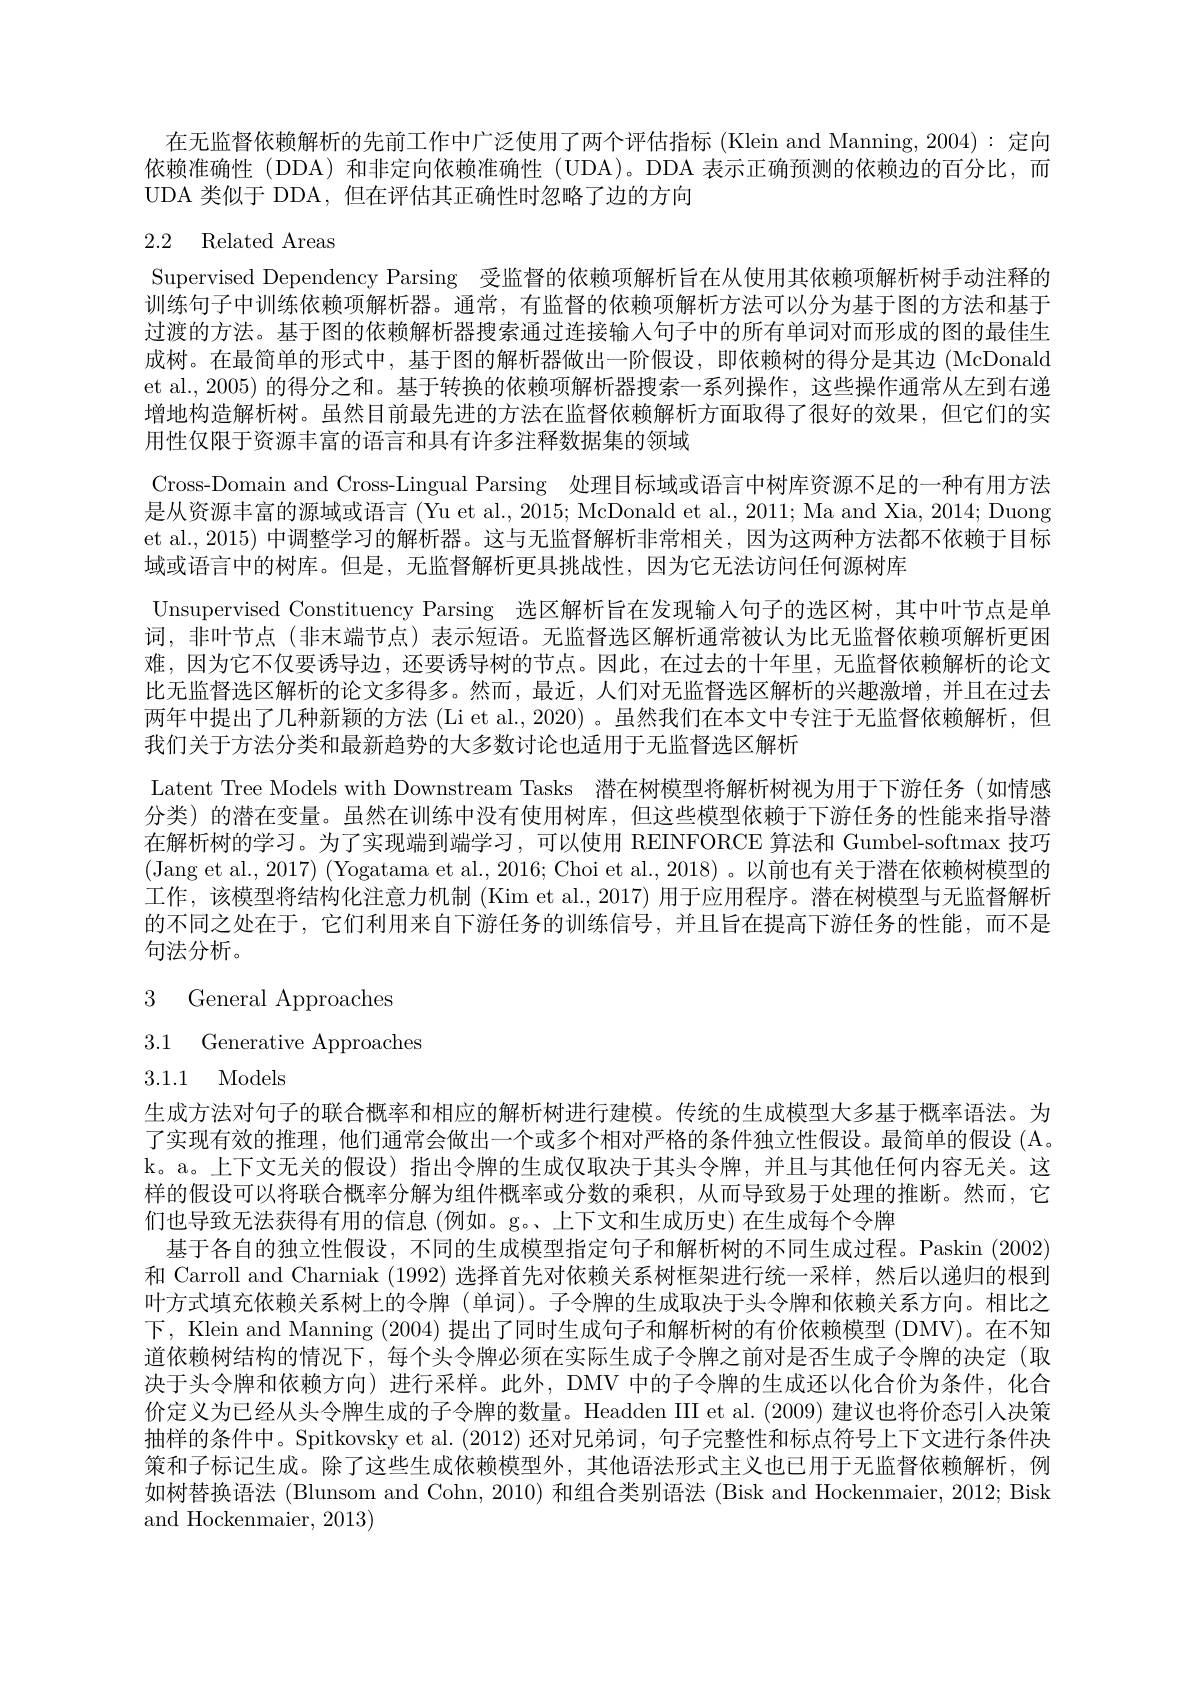
在无监督依赖解析的先前工作中广泛使用了两个评估指标 (Klein and Manning, 2004): 定向依赖准确性(DDA)和非定向依赖准确性(UDA)。DDA 表示正确预测的依赖边的百分比，而UDA 类似于 DDA, 但在评估其正确性时忽略了边的方向

# 2.2 Related Areas

Supervised Dependency Parsing 受监督的依赖项解析旨在从使用其依赖项解析树手动注释的训练句子中训练依赖项解析器。通常，有监督的依赖项解析方法可以分为基于图的方法和基于过渡的方法。基于图的依赖解析器搜索通过连接输入句子中的所有单词对而形成的图的最佳生成树。在最简单的形式中，基于图的解析器做出一阶假设，即依赖树的得分是其边 (McDonald et al., 2005) 的得分之和。基于转换的依赖项解析器搜索一系列操作，这些操作通常从左到右递增地构造解析树。虽然目前最先进的方法在监督依赖解析方面取得了很好的效果，但它们的实用性仅限于资源丰富的语言和具有许多注释数据集的领域
Cross-Domain and Cross-Lingual Parsing 处理目标域或语言中树库资源不足的一种有用方法是从资源丰富的源域或语言 (Yu et al., 2015; McDonald et al., 2011; Ma and Xia, 2014; Duong et al., 2015) 中调整学习的解析器。这与无监督解析非常相关，因为这两种方法都不依赖于目标域或语言中的树库。但是，无监督解析更具挑战性，因为它无法访问任何源树库
Unsupervised Constituency Parsing 选区解析旨在发现输入句子的选区树，其中叶节点是单词，非叶节点(非末端节点)表示短语。无监督选区解析通常被认为比无监督依赖项解析更困难，因为它不仅要诱导边，还要诱导树的节点。因此，在过去的十年里，无监督依赖解析的论文比无监督选区解析的论文多得多。然而，最近，人们对无监督选区解析的兴趣激增，并且在过去两年中提出了几种新颖的方法 (Li et al., 2020) 。虽然我们在本文中专注于无监督依赖解析，但我们关于方法分类和最新趋势的大多数讨论也适用于无监督选区解析
Latent Tree Models with Downstream Tasks 潜在树模型将解析树视为用于下游任务(如情感分类)的潜在变量。虽然在训练中没有使用树库，但这些模型依赖于下游任务的性能来指导潜在解析树的学习。为了实现端到端学习，可以使用 REINFORCE 算法和 Gumbel-softmax 技巧(Jang et al., 2017) (Yogatama et al., 2016; Choi et al., 2018)。以前也有关于潜在依赖树模型的工作，该模型将结构化注意力机制(Kim et al., 2017) 用于应用程序。潜在树模型与无监督解析的不同之处在于，它们利用来自下游任务的训练信号，并且旨在提高下游任务的性能，而不是句法分析。

3 General Approaches
3.1 Generative Approaches

3.1.1 Models

生成方法对句子的联合概率和相应的解析树进行建模。传统的生成模型大多基于概率语法。为了实现有效的推理，他们通常会做出一个或多个相对严格的条件独立性假设。最简单的假设 (A。k。a。上下文无关的假设) 指出令牌的生成仅取决于其头令牌，并且与其他任何内容无关。这样的假设可以将联合概率分解为组件概率或分数的乘积，从而导致易于处理的推断。然而，它们也导致无法获得有用的信息 (例如。g。、上下文和生成历史)在生成每个令牌
基于各自的独立性假设，不同的生成模型指定句子和解析树的不同生成过程。Paskin (2002) 和 Carroll and Charniak (1992)选择首先对依赖关系树框架进行统一采样，然后以递归的根到叶方式填充依赖关系树上的令牌 (单词)。子令牌的生成取决于头令牌和依赖关系方向。相比之下，Klein and Manning (2004) 提出了同时生成句子和解析树的有价依赖模型 (DMV)。在不知道依赖树结构的情况下，每个头令牌必须在实际生成子令牌之前对是否生成子令牌的决定(取决于头令牌和依赖方向)进行采样。此外，DMV 中的子令牌的生成还以化合价为条件，化合价定义为已经从头令牌生成的子令牌的数量。Headden III et al. (2009) 建议也将价态引入决策抽样的条件中。Spitkovsky et al. (2012) 还对兄弟词，句子完整性和标点符号上下文进行条件决策和子标记生成。除了这些生成依赖模型外，其他语法形式主义也已用于无监督依赖解析，例如树替换语法 (Blunsom and Cohn, 2010) 和组合类别语法 (Bisk and Hockenmaier, 2012; Bisk and Hockenmaier, 2013)